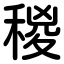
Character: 稯